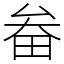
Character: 畚